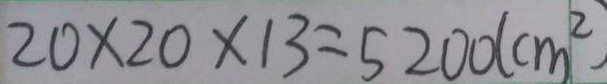
2 0 \times 2 0 \times 1 3 = 5 2 0 0 ( c m ^ { 2 } )